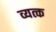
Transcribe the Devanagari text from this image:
व्यत्क